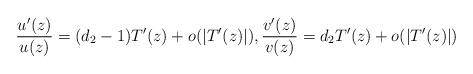
LaTeX: \begin{align*} \frac{u'(z)}{u(z)} = (d_2 -1) T'(z) + o( |T'(z)| ) , \frac{v'(z)}{v(z)} = d_2 T'(z) + o( |T'(z)| ) \end{align*}